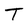
Character: T